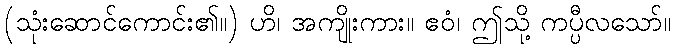
(သုံးဆောင်ကောင်း၏။) ဟိ၊ အကျိုးကား။ ဧဝံ၊ ဤသို့ ကပ္ပီလသော်။